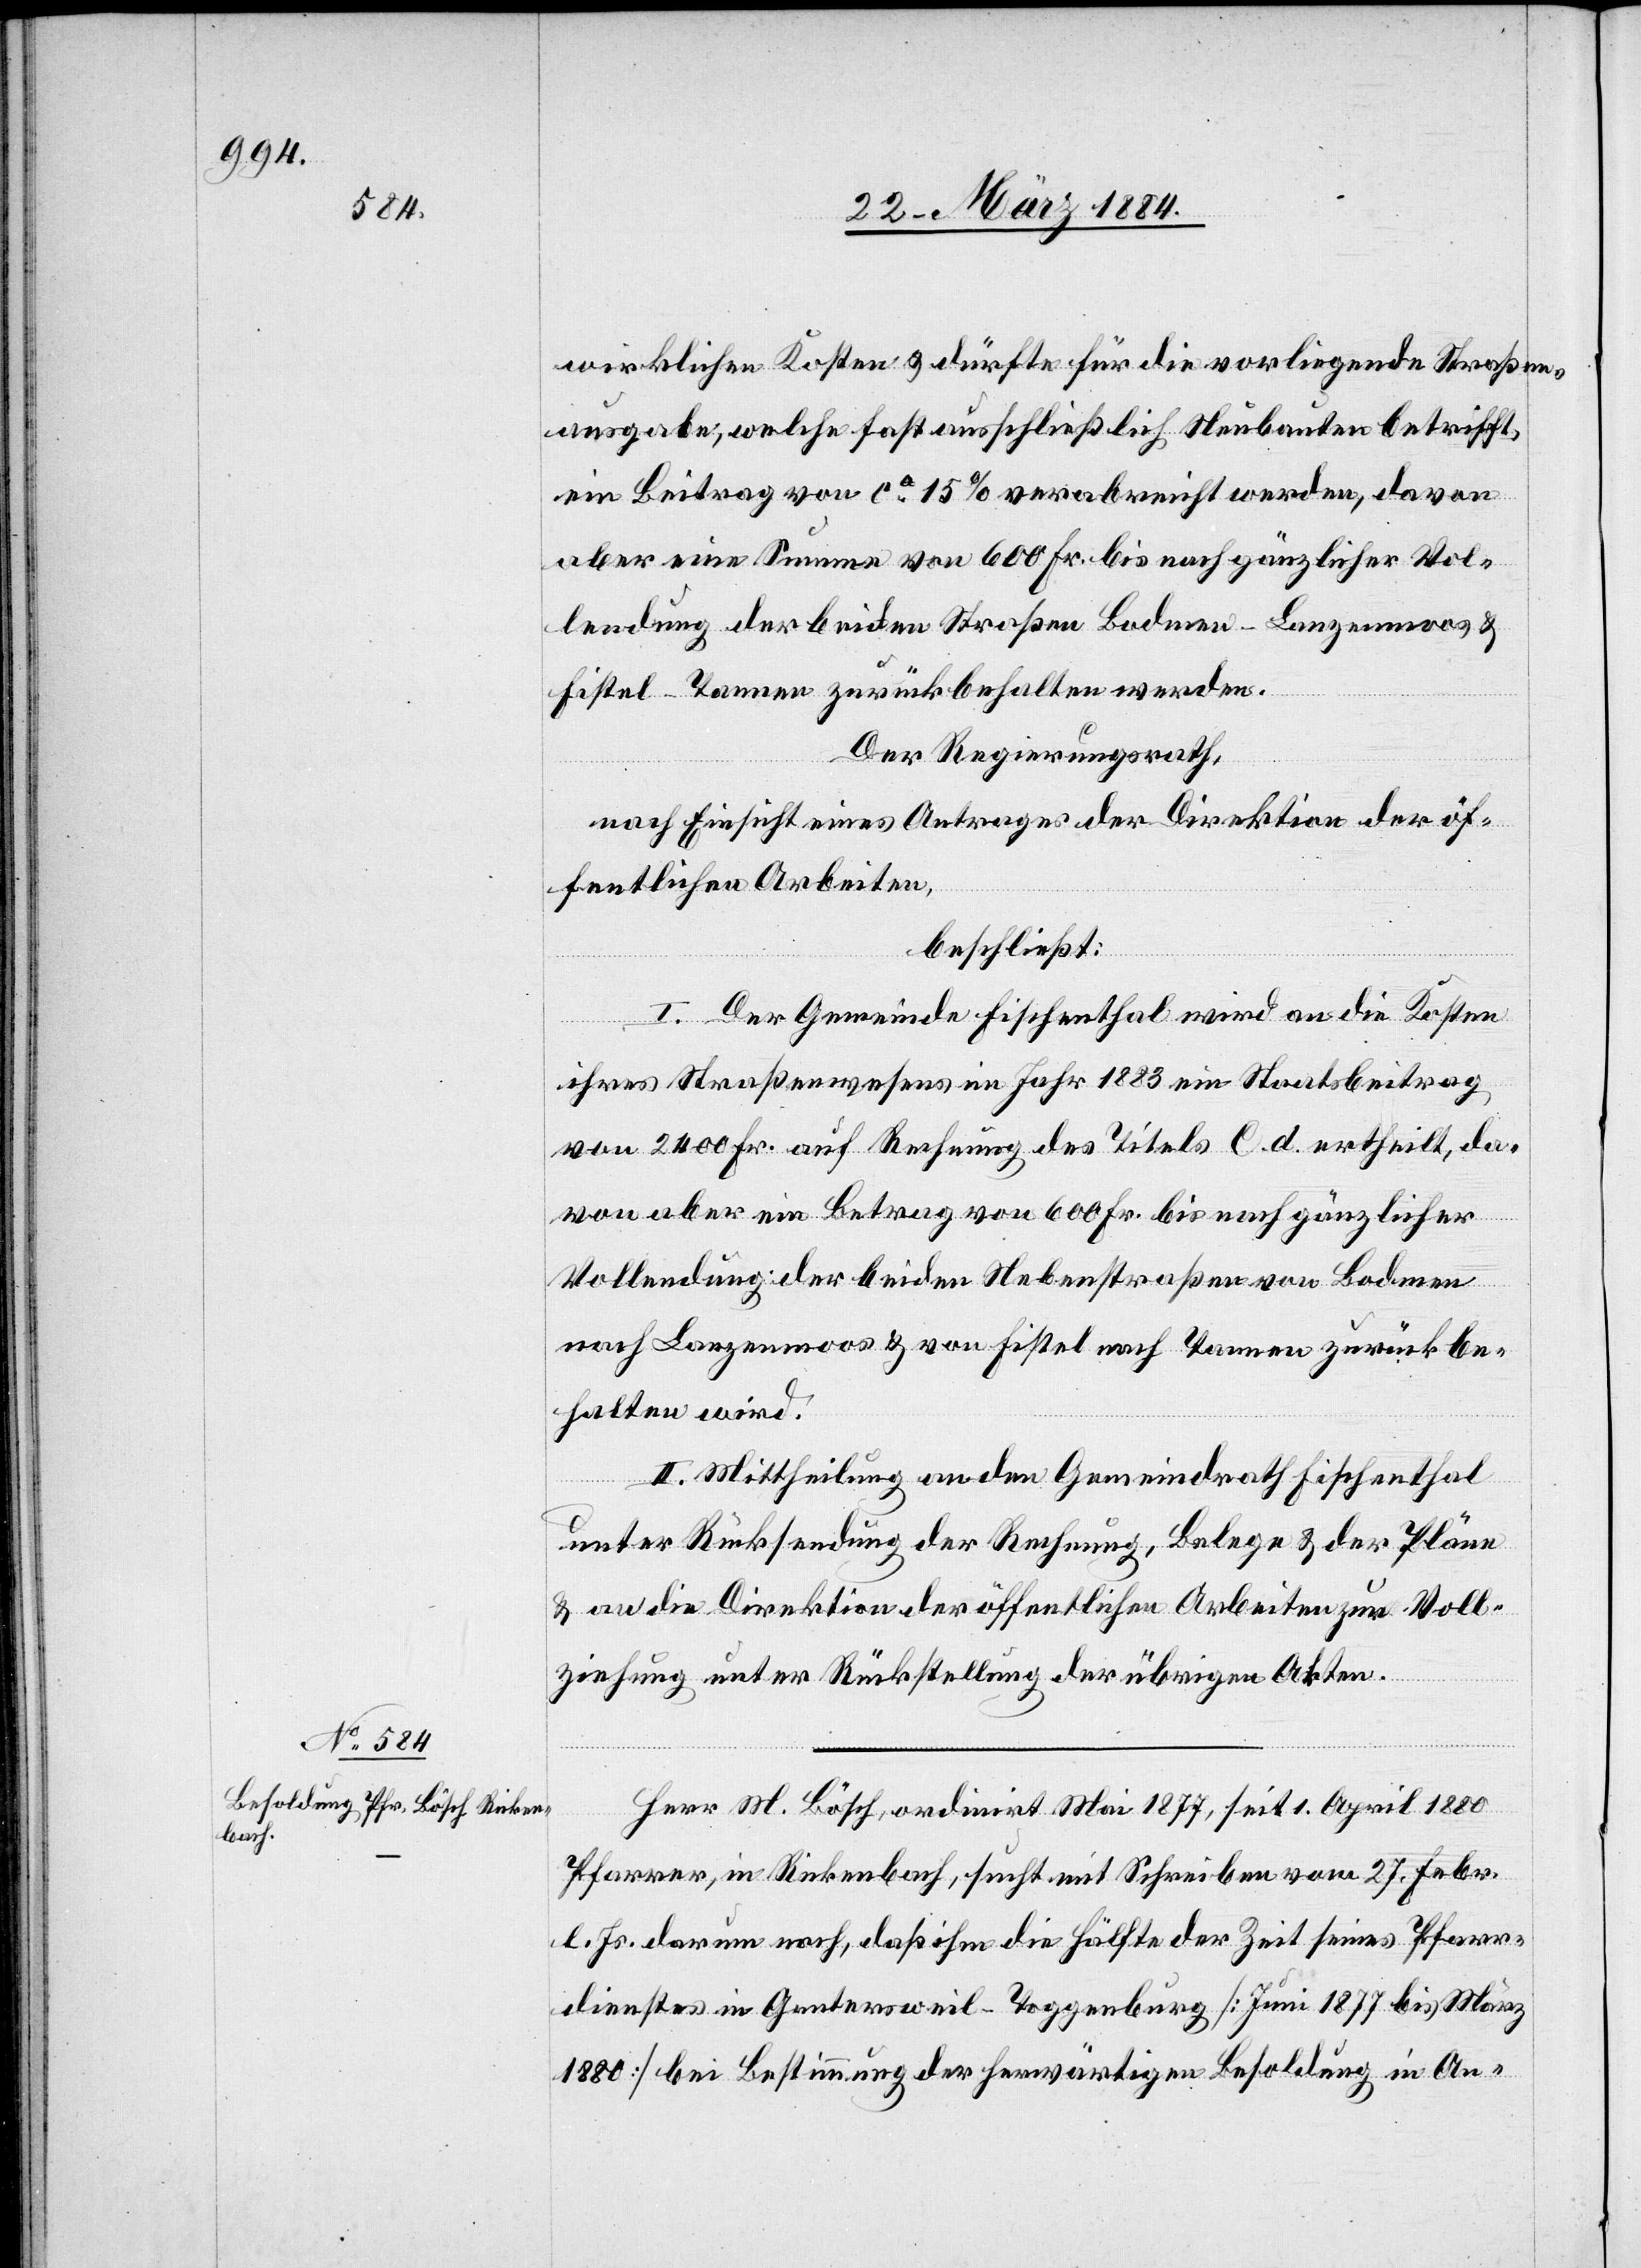
wirklichen Kosten & dürfte für die vorliegenden Straßen¬
ausgaben, welche fast ausschließlich Neubauten betrifft,
ein Beitrag von ca 15% verabreicht werden, davon
aber eine Summe von 600 Fr. bis nach gänzlicher Vol¬
lendung der beiden Straßen Bodmen–Lanzenmoos &
Fistel–Tannen zurückbehalten werden.
Der Regierungsrath,
nach Einsicht eines Antrages der Direktion der öf¬
fentlichen Arbeiten,
beschließt:
I. Der Gemeinde Fischenthal wird an die Kosten
ihres Straßenwesens im Jahr 1883 ein Staatsbeitrag
von 2400 Fr. auf Rechnung des Titels C. d. ertheilt, da¬
von aber ein Betrag von 600 Fr. bis nach gänzlicher
Vollendung der beiden Nebenstraßen von Bodmen
nach Lanzenmoos & von Fistel nach Tannen zurückbe¬
halten wird.
II. Mittheilung an den Gemeindrath Fischenthal
unter Rücksendung der Rechnung, Belege & der Pläne
& an die Direktion der öffentlichen Arbeiten zur Voll¬
ziehung unter Rückstellung der übrigen Akten.
Herr M. Bösch, ordinirt Mai 1877, seit 1. April 1880
Pfarrer, in Rickenbach, sucht mit Schreiben vom 27. Febr.
l. Js. darum nach, daß ihm die Hälfte der Zeit seines Pfarr¬
dienstes in Gantersweil - Toggenburg [Juni 1877 bis März
1880] bei Bestimmung der herwärtigen Besoldung in An-